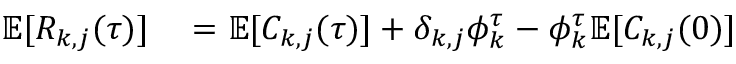
\begin{array} { r l } { \mathbb { E } [ R _ { k , j } ( \tau ) ] } & { { } = \mathbb { E } [ C _ { k , j } ( \tau ) ] + \delta _ { k , j } \phi _ { k } ^ { \tau } - \phi _ { k } ^ { \tau } \mathbb { E } [ C _ { k , j } ( 0 ) ] } \end{array}